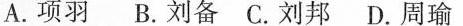
A. 项羽 B. 刘备 C. 刘邦 D. 周瑜